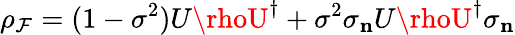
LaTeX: \rho_{\mathcal{F}}=(1-\sigma^{2})U\rhoU^{\dagger}+\sigma^{2}\sigma_{\mathbf{{n}}}U\rhoU^{\dagger}\sigma_{\mathbf{{n}}}